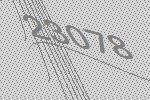
23078